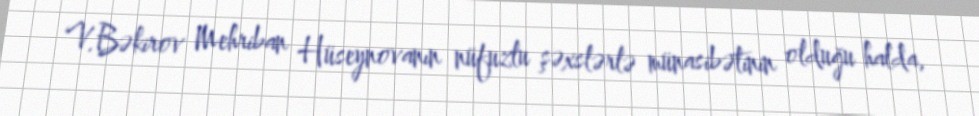
V.Bəkirov Mehriban Hüseynovanın nüfuzlu şəxslərlə münasibətinin olduğu halda,